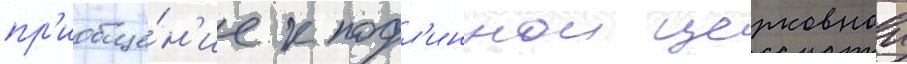
пр'иобще́н'ие к подл'иннои церковнои